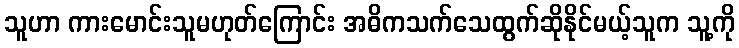
သူဟာ ကားမောင်းသူမဟုတ်ကြောင်း အဓိကသက်သေထွက်ဆိုနိုင်မယ့်သူက သူ့ကို